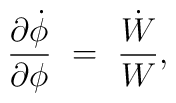
{\partial \dot{\phi} \over \partial \phi}~=~{\dot{W} \over W},